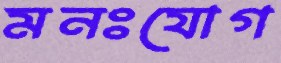
মনঃযোগ